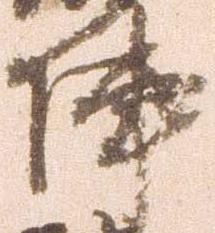
陣